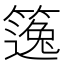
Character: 𥳿